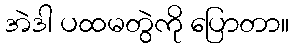
အဲဒါ ပထမတွဲကို ပြောတာ။